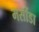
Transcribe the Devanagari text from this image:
मसींडा